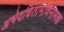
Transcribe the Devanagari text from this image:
अभेदचिंतामणिनामक